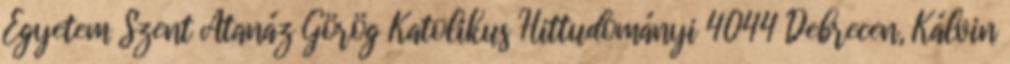
Egyetem Szent Atanáz Görög Katolikus Hittudományi 4044 Debrecen, Kálvin